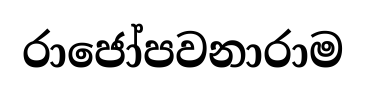
රාජෝපවනාරාම